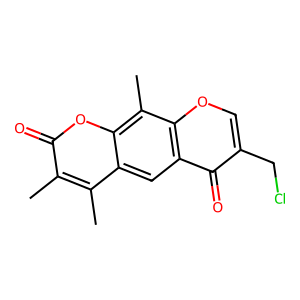
SMILES: Cc1c(C)c2cc3c(=O)c(CCl)coc3c(C)c2oc1=O
Inhibits HIV replication: No